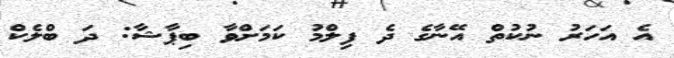
އެ އަހަރު ނުކުތް އޭނާގެ ދެ ފިލްމު ކަަމަށްވާ ބިޕާޝާ: ދަ ބްލެކް